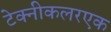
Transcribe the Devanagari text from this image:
टेक्नीकलरएक